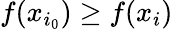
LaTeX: f(x_{i_{0}})\geq f(x_{i})